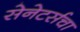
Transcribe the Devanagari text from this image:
सेनेटर्सचा